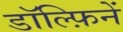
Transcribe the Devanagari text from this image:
डॉल्फ़िनें